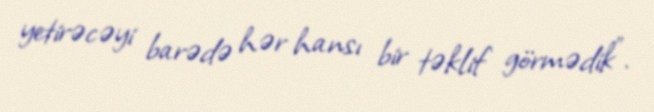
yetirəcəyi barədə hər hansı bir təklif görmədik”.